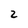
Character: 2